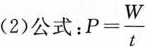
(2)公式：$$P= \frac { W } { t }$$